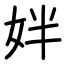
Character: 姅